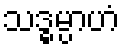
သဒ္ဓမ္ပာဟံ